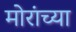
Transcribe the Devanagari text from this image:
मोरांच्या